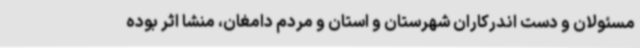
مسئولان و دست اندرکاران شهرستان و استان و مردم دامغان، منشا اثر بوده